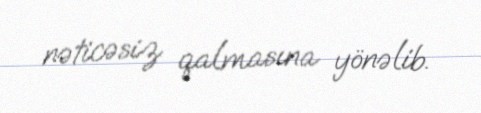
nəticəsiz qalmasına yönəlib.